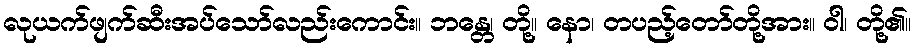
လုယက်ဖျက်ဆီးအပ်သော်လည်းကောင်း။ ဘန္တေ၊ တို့။ နော၊ တပည့်တော်တို့အား။ ဝါ၊ တို့၏။